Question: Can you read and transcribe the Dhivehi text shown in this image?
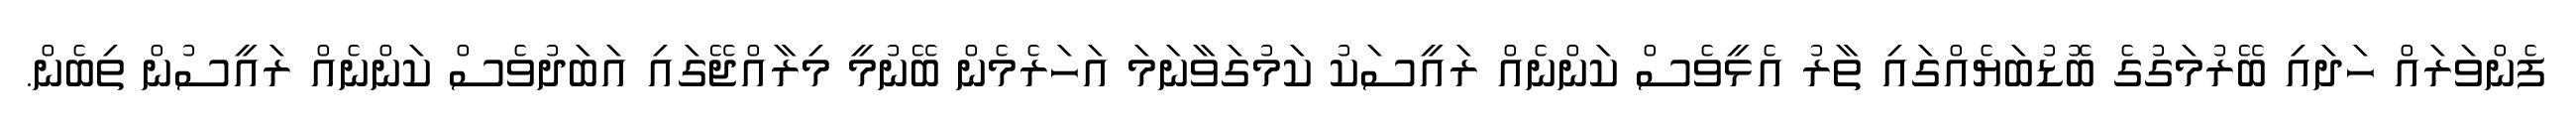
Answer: ފެންވަރައް ހަދައި ބޭރުމަގުގެ ބޮޑުބަޔެއްގައި ތާރު އެޅީވެސް ކަންނެއް ރައީސަކު ކަމުގަވާނަމަ އަހަރެމެން ބޭނުމީ މިރާއްޖޭގައި އަބަދުވެސް ކަންނެއް ރައީސުން ތިބެން.